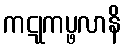
ကဋုကပ္ဖလာနိ